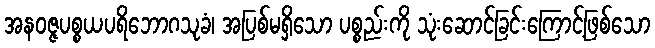
အနဝဇ္ဇပစ္စယပရိဘောဂသုခံ၊ အပြစ်မရှိသော ပစ္စည်းကို သုံးဆောင်ခြင်းကြောင့်ဖြစ်သော